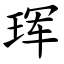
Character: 珲